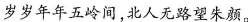
岁岁年年五岭间，北人无路望朱颜。